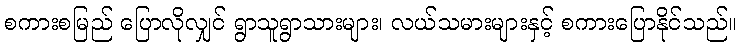
စကားစမြည် ပြောလိုလျှင် ရွာသူရွာသားများ၊ လယ်သမားများနှင့် စကားပြောနိုင်သည်။